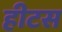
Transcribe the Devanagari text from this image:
हीटस